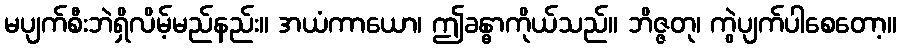
မပျက်စီးဘဲရှိလိမ့်မည်နည်း။ အယံကာယော၊ ဤခန္ဓာကိုယ်သည်။ ဘိဇ္ဇတု၊ ကွဲပျက်ပါစေတော့။